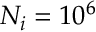
N _ { i } = 1 0 ^ { 6 }